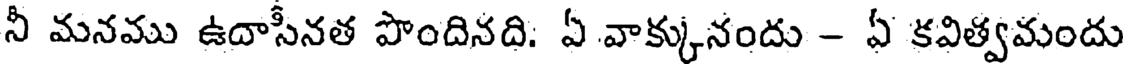
నీ మనము ఉదాసీనత పొందినది. ఏ వాక్కునందు - ఏ కవిత్వమందు